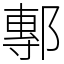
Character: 鄟